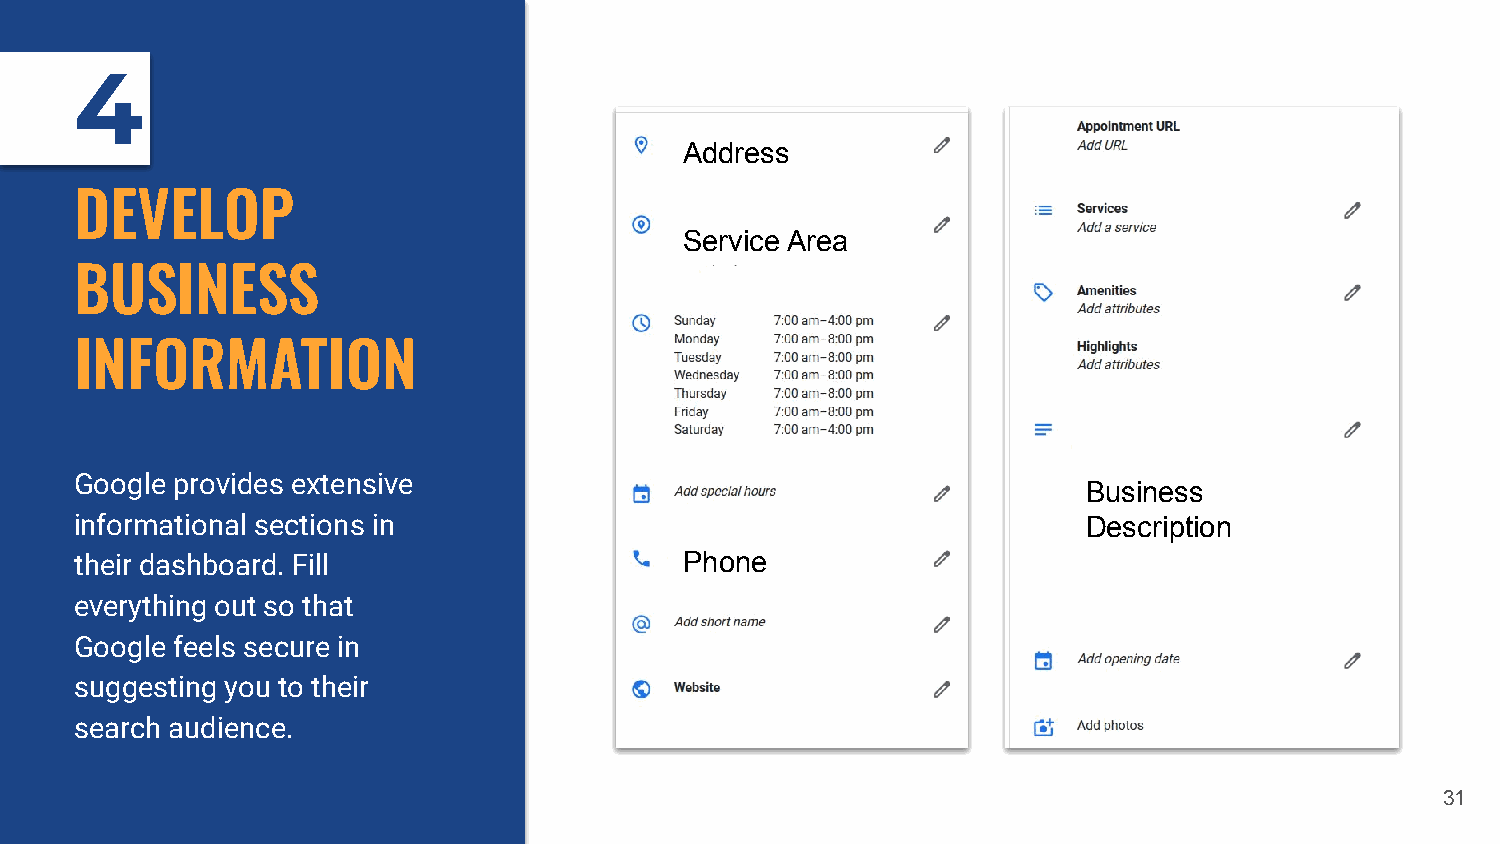
4
 Address
 DEVELOP
 Service Area
 BUSINESS
 INFORMATION
 Google provides extensive
 Business
 informational sections in                                          Description
 their dashboard. Fill                   Phone
 everything out so that
 Google feels secure in
 suggesting you to their
 search audience.
 31